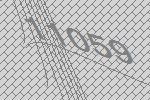
11059